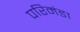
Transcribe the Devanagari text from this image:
परिमंडा